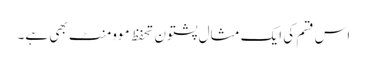
اس قسم کی ایک مثال پشتون تحفظ موومنٹ بھی ہے۔